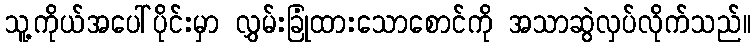
သူ့ကိုယ်အပေါ်ပိုင်းမှာ လွှမ်းခြုံထားသောစောင်ကို အသာဆွဲလှပ်လိုက်သည်။